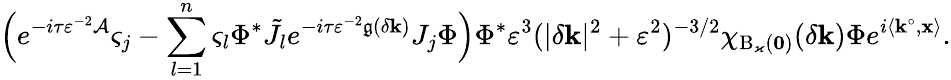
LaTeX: \Bigl(e^{-i\tau\varepsilon^{-2}\mathcal{A}}\varsigma_{j}-\sum_{l=1}^{n}\varsigma_{l}\Phi^{*}\tilde{J}_{l}e^{-i\tau\varepsilon^{-2}\mathfrak{g}(\delta\mathbf{k})}J_{j}\Phi\Bigr)\Phi^{*}\varepsilon^{3}(|\delta\mathbf{k}|^{2}+\varepsilon^{2})^{-3/2}\chi_{\mathrm{B}_{\varkappa}(\mathbf{0})}(\delta\mathbf{k})\Phi e^{i\left\langle\mathbf{k}^{\circ},\mathbf{x}\right\rangle}.